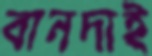
বানদাই